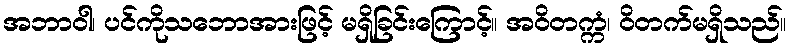
အဘာဝါ၊ ပင်ကိုသဘောအားဖြင့် မရှိခြင်းကြောင့်။ အဝိတက္ကံ၊ ဝိတက်မရှိသည်။